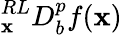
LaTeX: {}_{\mathbf{x}}^{RL}D_{b}^{p}f(\mathbf{x})